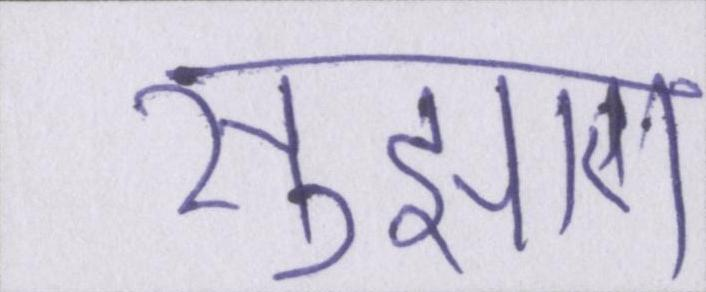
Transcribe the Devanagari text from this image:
सुझाए